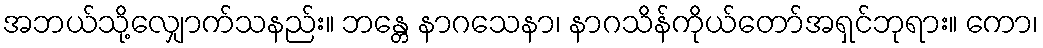
အဘယ်သို့လျှောက်သနည်း။ ဘန္တေ နာဂသေနာ၊ နာဂသိန်ကိုယ်တော်အရှင်ဘုရား။ ကော၊